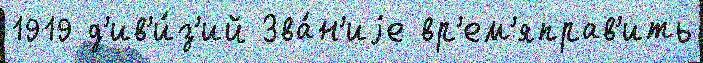
1919 д'ив'и́з'ий Зва́н'иjе вр'ем'яправ'ить